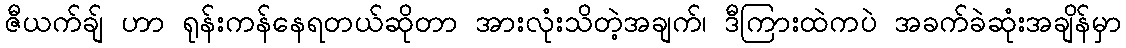
ဇီယက်ချ် ဟာ ရုန်းကန်နေရတယ်ဆိုတာ အားလုံးသိတဲ့အချက်၊ ဒီကြားထဲကပဲ အခက်ခဲဆုံးအချိန်မှာ